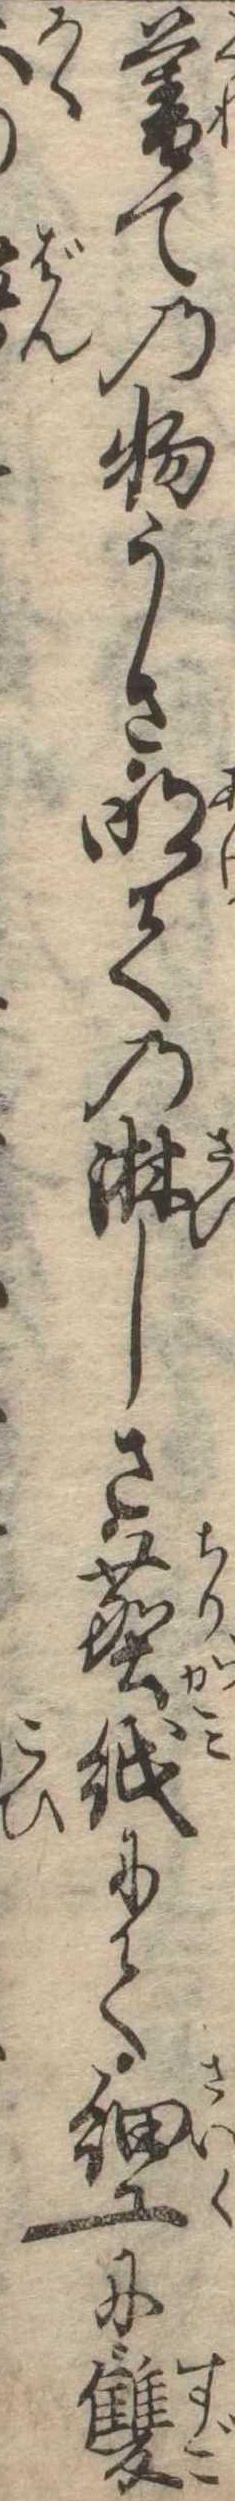
暮ての物うさ明ての淋しさ塵紙にて細工に双